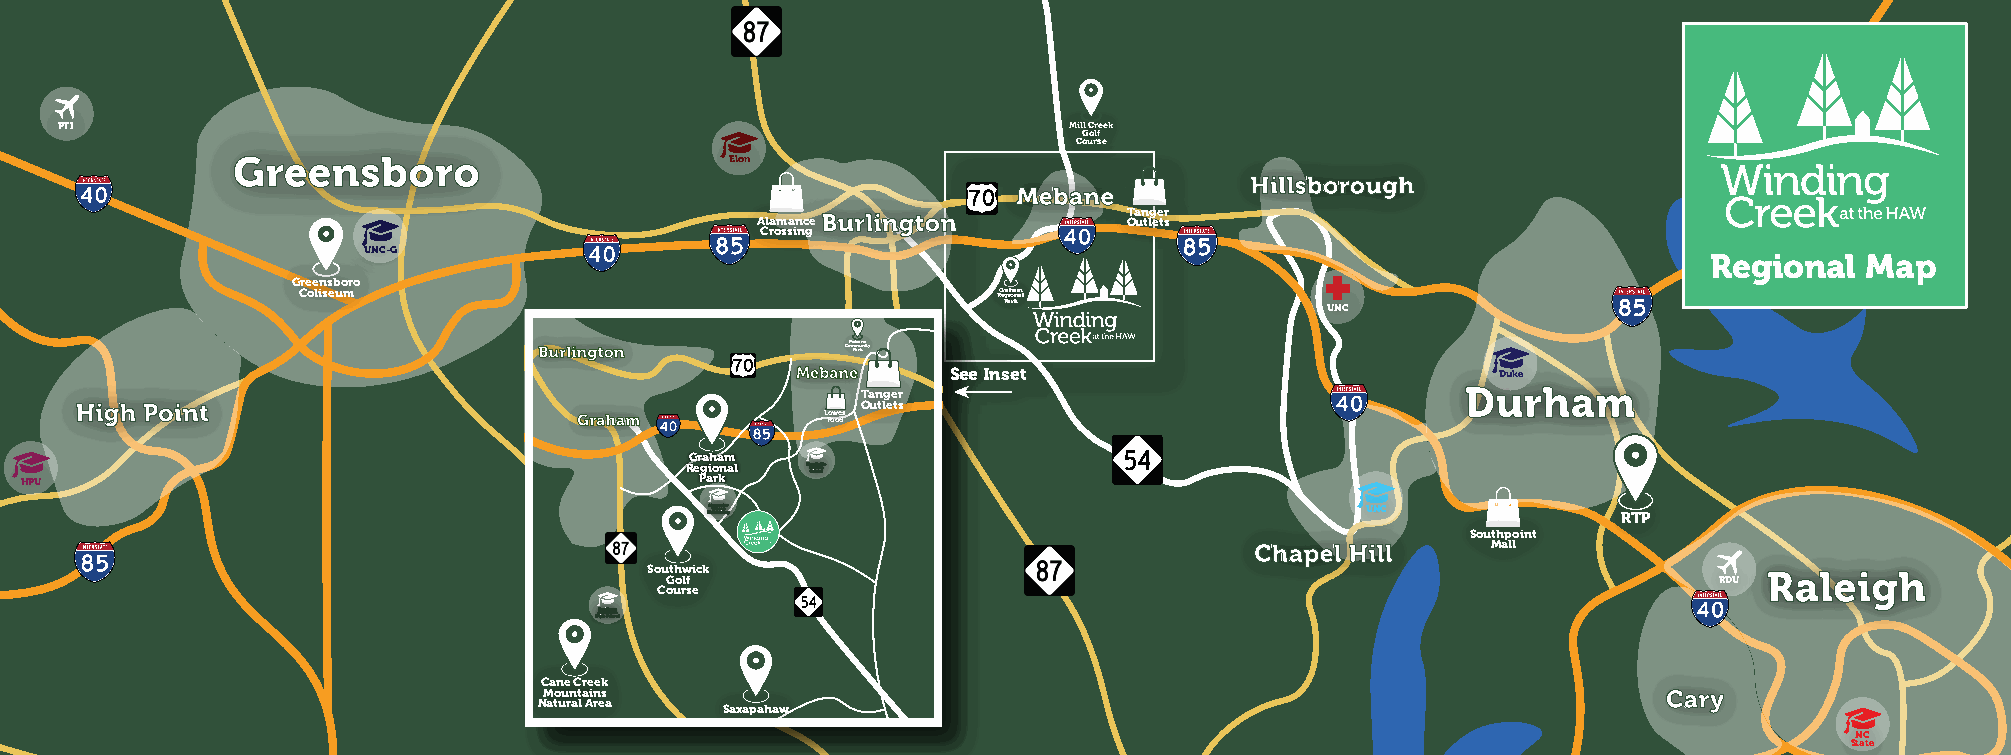
PTI                                                                Mill Creek
 Golf
 Course
 Greensboro                       Elon
 Hillsborough
 Mebane
 AlamanceBurlington       OTa un tlg ee tr s
 Crossing
 UNC-G
 Regional  Map
 Greensboro
 Coliseum                                      RGer Pga aihora knmal
 UNC
 Burlington          CoMmPemab rauknneity
 Mebane    See Inset                           Duke
 Tanger                                  Durham
 High Point                                          Outlets
 Graham           LFoowoeds
 Graham
 HPU
 Re Pg aio rknal HMSaw cihdfi ode olled ls
 EA lelWe mxiealsnnotdnae rr y              UNC              RTP
 Southpoint
 Chapel Hill     Mall
 Sou Gth ow lfick
 RDU
 Raleigh
 Course
 HAS igloahum t Shacenhrconeol
 Cane Creek
 Mountains                                                                 Cary
 Natural Area Saxapahaw
 NC
 State